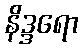
နိဒ္ဒရော